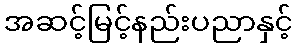
အဆင့်မြင့်နည်းပညာနှင့်